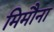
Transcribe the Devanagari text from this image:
मिमौना